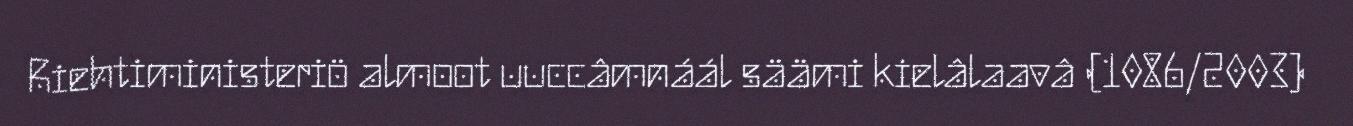
Riehtiministeriö almoot uuccâmnáál säämi kielâlaavâ (1086/2003)